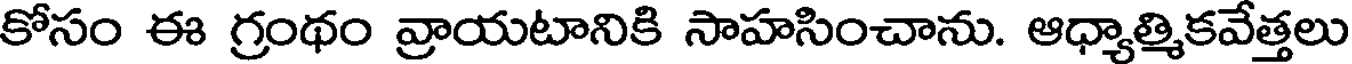
కోసం ఈ గ్రంథం వ్రాయటానికి సాహసించాను. ఆధ్యాత్మికవేత్తలు